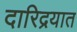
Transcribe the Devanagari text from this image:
दारिद्रयात